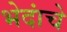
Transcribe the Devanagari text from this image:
भेदांचे